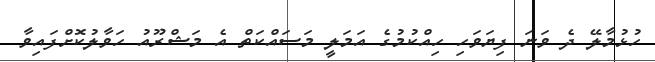
ހުޅުމާލޭ ދެ ވަނަ ފިޔަވަހި ހިއްކުމުގެ އަމަލީ މަސައްކަތް އެ މަޝްރޫއު ހަވާލުކޮށްފައިވާ